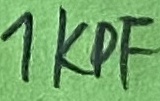
Text: 1KPF